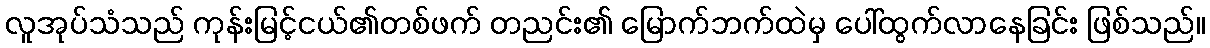
လူအုပ်သံသည် ကုန်းမြင့်ငယ်၏တစ်ဖက် တညင်း၏ မြောက်ဘက်ထဲမှ ပေါ်ထွက်လာနေခြင်း ဖြစ်သည်။